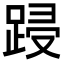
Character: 𮛟